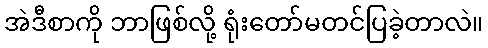
အဲဒီစာကို ဘာဖြစ်လို့ ရုံးတော်မတင်ပြခဲ့တာလဲ။